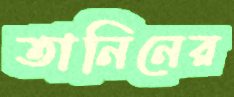
তানিনের